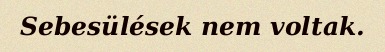
Sebesülések nem voltak.